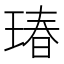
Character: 瑃